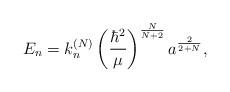
LaTeX: \begin{align*}E_n=k_n^{(N)}\left( \frac{\hbar ^2}\mu \right) ^{\frac N{N+2}}a^{\frac2{2+N}},\end{align*}